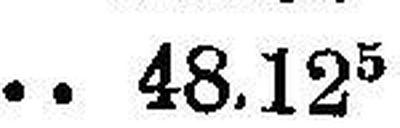
48.125